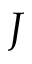
J